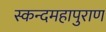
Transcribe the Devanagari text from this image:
स्कन्दमहापुराण